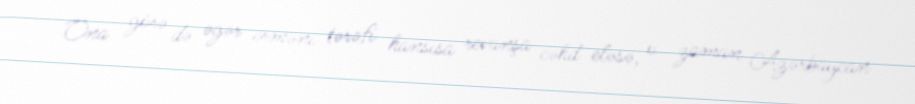
Ona görə də əgər erməni tərəfi hansısa revanşa cəhd eləsə, o zaman Azərbaycan